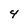
Character: 4